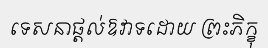
ទេសនាផ្តល់ឱវាទដោយ ព្រះភិក្ខុ